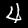
Digit: 4